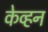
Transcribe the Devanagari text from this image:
केव्हन